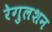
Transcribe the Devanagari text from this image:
रेगुलशन